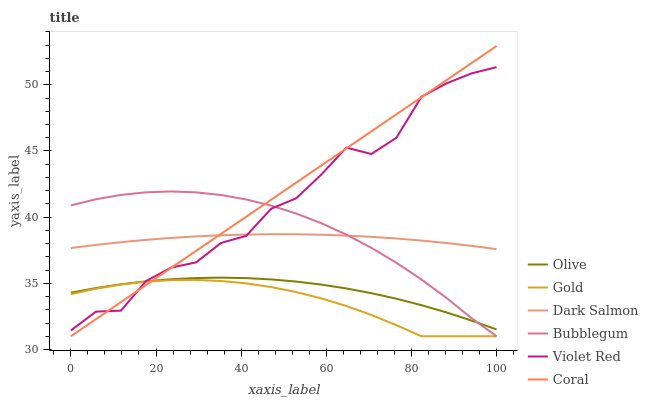
| xaxis_label | Olive | Gold | Dark Salmon | Bubblegum | Violet Red | Coral |
 | --- | --- | --- | --- | --- | --- | --- |
 | 0 | 34.3 | 34.2 | 37.7 | 40.9 | 31.4 | 31 |
 | 5.88 | 34.6 | 34.6 | 37.9 | 41.4 | 32.9 | 32.3 |
 | 11.8 | 34.9 | 34.9 | 38.1 | 41.7 | 32.9 | 33.6 |
 | 17.6 | 35.1 | 35.1 | 38.3 | 41.9 | 35.2 | 34.9 |
 | 23.5 | 35.3 | 35.2 | 38.4 | 41.9 | 36.2 | 36.2 |
 | 29.4 | 35.4 | 35.3 | 38.5 | 41.9 | 36.6 | 37.5 |
 | 35.3 | 35.4 | 35.2 | 38.6 | 41.7 | 38.1 | 38.7 |
 | 41.2 | 35.4 | 35 | 38.7 | 41.3 | 38.6 | 40 |
 | 47.1 | 35.3 | 34.7 | 38.7 | 40.9 | 40.6 | 41.3 |
 | 52.9 | 35.1 | 34.3 | 38.7 | 40.3 | 41.4 | 42.6 |
 | 58.8 | 34.9 | 33.9 | 38.7 | 39.5 | 43.2 | 43.9 |
 | 64.7 | 34.6 | 33.3 | 38.6 | 38.7 | 45.3 | 45.2 |
 | 70.6 | 34.3 | 32.6 | 38.5 | 37.7 | 44.8 | 46.5 |
 | 76.5 | 33.8 | 31.8 | 38.4 | 36.6 | 46 | 47.8 |
 | 82.4 | 33.4 | 31 | 38.2 | 35.3 | 49.1 | 49.1 |
 | 88.2 | 32.8 | 31 | 38 | 33.9 | 50.1 | 50.4 |
 | 94.1 | 32.2 | 31 | 37.8 | 32.4 | 50.9 | 51.6 |
 | 100 | 31.5 | 31 | 37.6 | 31 | 51.3 | 52.9 |